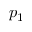
p _ { 1 }